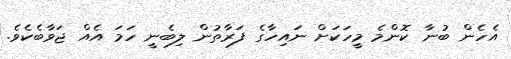
އެހެން ބުނާ ކޮންމެ މީހަކަށް ނައިހާގެ ފަރާތުން ލިބެނީ ހަމަ އެއް ޖަވާބެކެވެ.